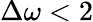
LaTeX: \Delta\omega<2